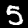
Digit: 5